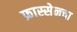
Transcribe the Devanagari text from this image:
फ्रास्सेनचा